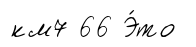
км7 66 Э́то